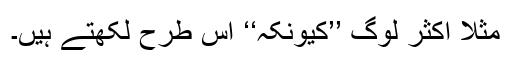
مثلاً اکثر لوگ ’’کیونکہ‘‘ اس طرح لکھتے ہیں۔